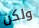
ولكن